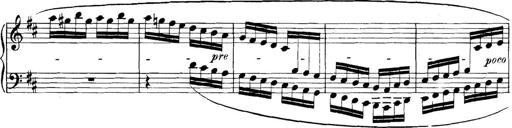
Title: 3 Sonatinas
Composer: Carl Reinecke